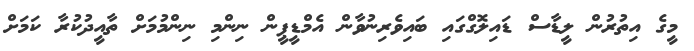
މީގެ އިތުރުން ލީޑާސް ޑައިލޮގްގައި ބައިވެރިނުވާން އެމްޑީޕީން ނިންމި ނިންމުމަށް ތާއީދުކުރާ ކަމަށް